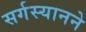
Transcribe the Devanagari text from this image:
सर्गस्यानने